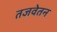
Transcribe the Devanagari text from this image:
तजवेतन